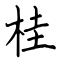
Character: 桂